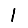
Digit: 1